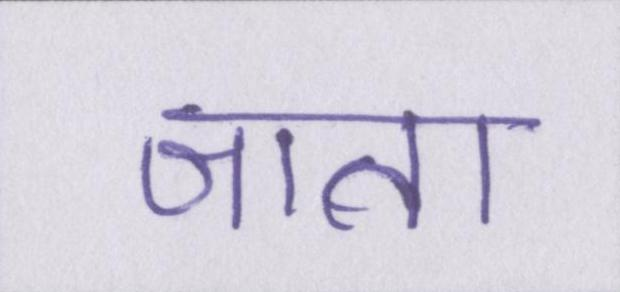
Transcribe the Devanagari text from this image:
जाता